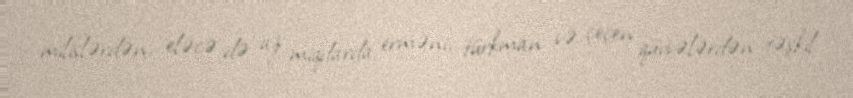
milislərdən, eləcə də az miqdarda erməni, türkman və çeçen qüvvələrdən təşkil